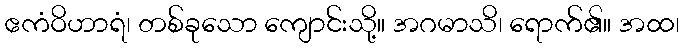
ဧကံဝိဟာရံ၊ တစ်ခုသော ကျောင်းသို့။ အဂမာသိ၊ ရောက်၏။ အထ၊